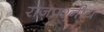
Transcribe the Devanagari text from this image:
राजप्रश्नीय